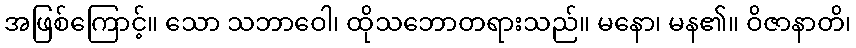
အဖြစ်ကြောင့်။ သော သဘာဝေါ၊ ထိုသဘောတရားသည်။ မနော၊ မန၏။ ဝိဇာနာတိ၊